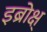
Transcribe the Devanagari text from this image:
इब्रोक्ष्